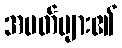
အမတ်များ၏